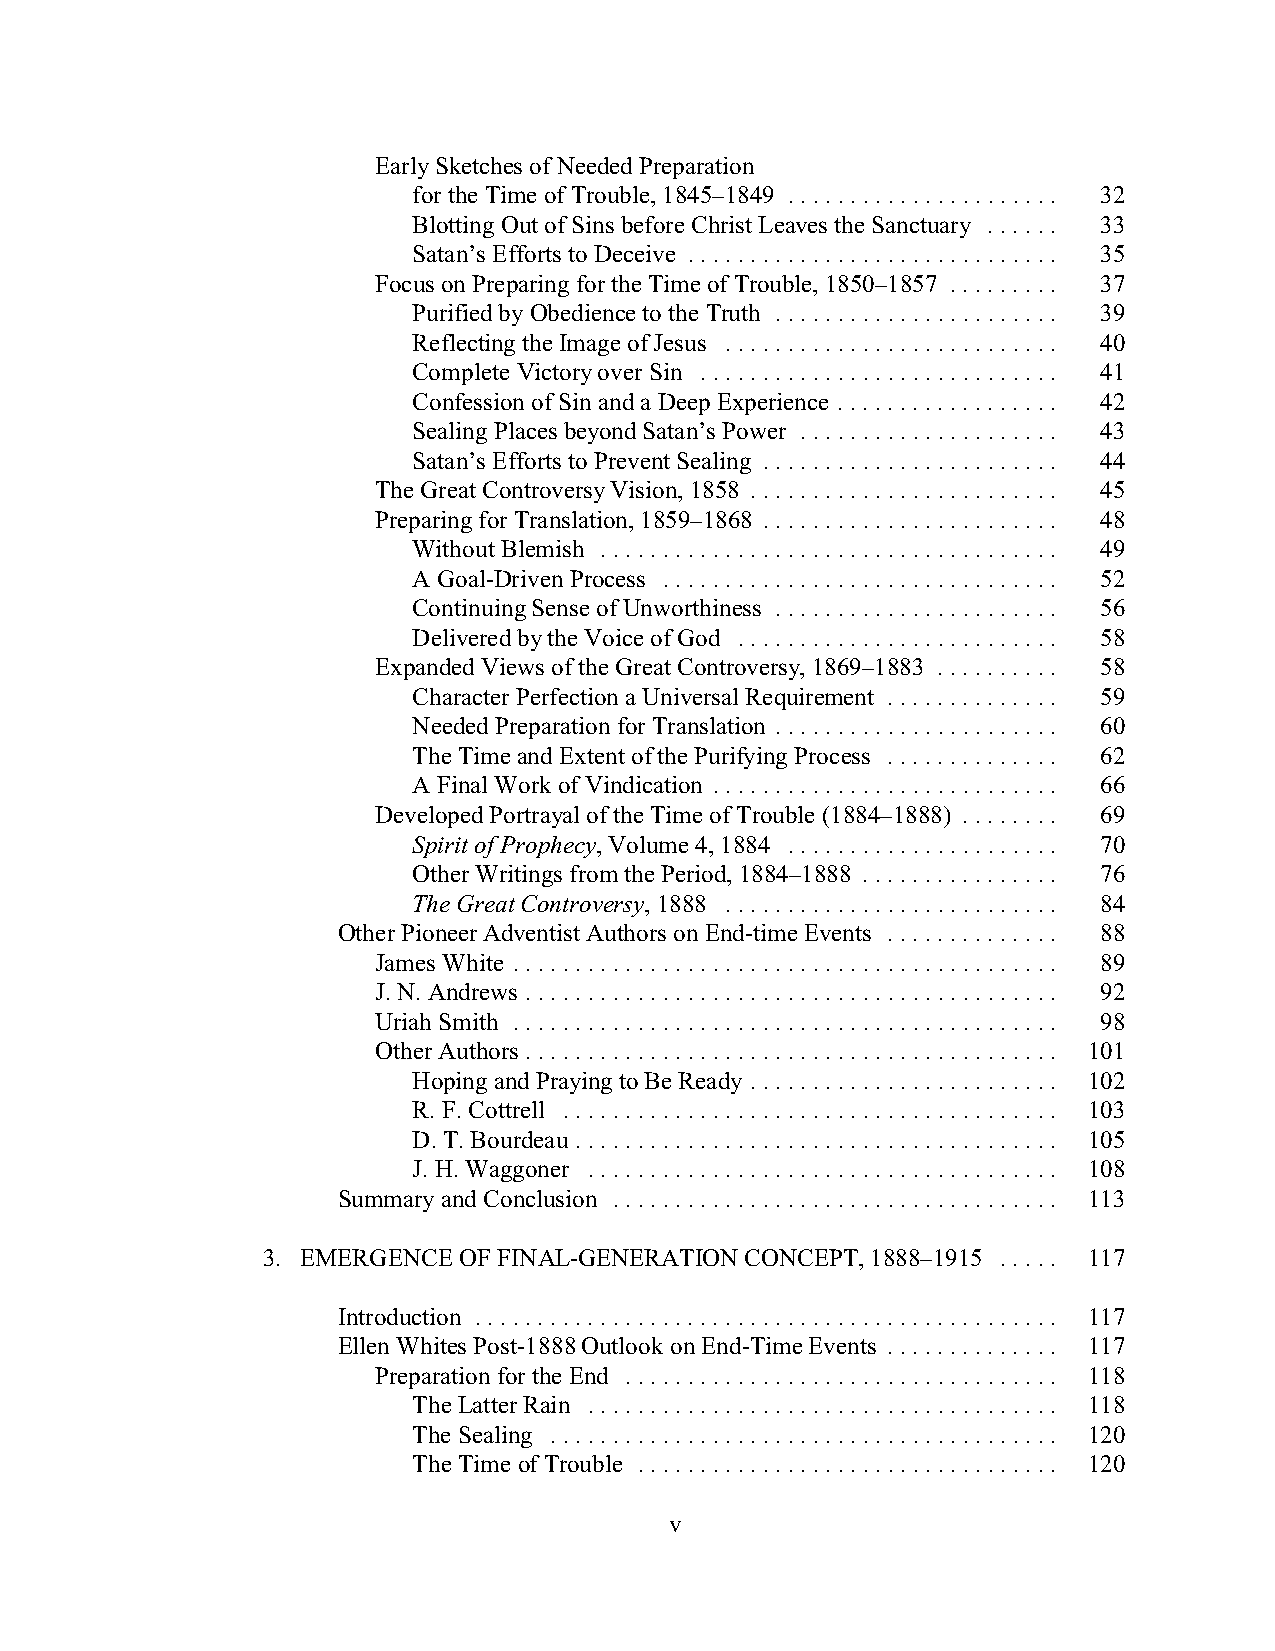
Early Sketches of Needed Preparation
 for the Time of Trouble, 1845–1849 ...................... 32
 Blotting Out of Sins before Christ Leaves the Sanctuary ...... 33
 Satan’s Efforts to Deceive .............................. 35
 Focus on Preparing for the Time of Trouble, 1850–1857 ......... 37
 Purified by Obedience to the Truth ....................... 39
 Reflecting the Image of Jesus ........................... 40
 Complete Victory over Sin ............................. 41
 Confession of Sin and a Deep Experience .................. 42
 Sealing Places beyond Satan’s Power ..................... 43
 Satan’s Efforts to Prevent Sealing ........................ 44
 The Great Controversy Vision, 1858 ......................... 45
 Preparing for Translation, 1859–1868 ........................ 48
 Without Blemish ..................................... 49
 A Goal-Driven Process ................................ 52
 Continuing Sense of Unworthiness ....................... 56
 Delivered by the Voice of God .......................... 58
 Expanded Views of the Great Controversy, 1869–1883 .......... 58
 Character Perfection a Universal Requirement .............. 59
 Needed Preparation for Translation ....................... 60
 The Time and Extent of the Purifying Process .............. 62
 A Final Work of Vindication ............................ 66
 Developed Portrayal of the Time of Trouble (1884–1888) ........ 69
 Spirit of Prophecy, Volume 4, 1884 ...................... 70
 Other Writings from the Period, 1884–1888 ................ 76
 The Great Controversy, 1888 ........................... 84
 Other Pioneer Adventist Authors on End-time Events .............. 88
 James White ............................................ 89
 J. N. Andrews ........................................... 92
 Uriah Smith ............................................ 98
 Other Authors ........................................... 101
 Hoping and Praying to Be Ready ......................... 102
 R. F. Cottrell ........................................ 103
 D. T. Bourdeau ....................................... 105
 J. H. Waggoner ...................................... 108
 Summary and Conclusion .................................... 113
 3. EMERGENCE OF FINAL-GENERATION CONCEPT, 1888–1915 ..... 117
 Introduction ............................................... 117
 Ellen Whites Post-1888 Outlook on End-Time Events .............. 117
 Preparation for the End ................................... 118
 The Latter Rain ...................................... 118
 The Sealing ......................................... 120
 The Time of Trouble .................................. 120
 v